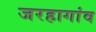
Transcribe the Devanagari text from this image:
जरहागांव